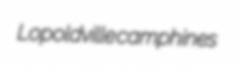
Lopoldville camphines